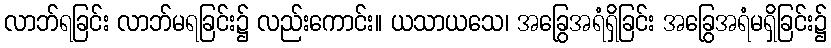
လာဘ်ရခြင်း လာဘ်မရခြင်း၌ လည်းကောင်း။ ယသာယသေ၊ အခြွေအရံရှိခြင်း အခြွေအရံမရှိခြင်း၌